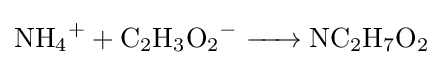
{\ce {NH4+ + C2H3O2^- -> NC2H7O2}}